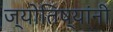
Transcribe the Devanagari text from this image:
ज्योतिष्यांनी